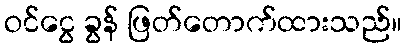
ဝင်ငွေ ခွန် ဖြတ်တောက်ထားသည်။